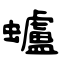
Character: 蠦